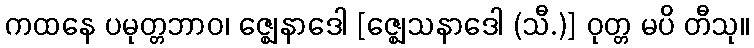
ကထနေ ပမုတ္တဘာဝ၊ ဇ္ဈေနာဒေါ [ဇ္ဈေသနာဒေါ (သီ.)] ဝုတ္တ မပိ တီသု။